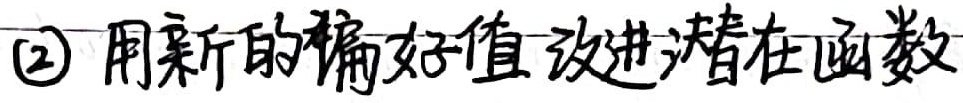
(2) 用新的偏好值改进潜在函数